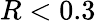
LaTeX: R<0.3